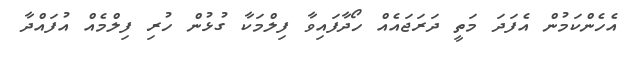
އެހެންކަމުން އެފަދަ މަތީ ދަރަޖައެއް ހޯދާފައިވާ ފިލްމަކާ ގުޅުން ހުރި ފިލްމެއް އުފައްދާ